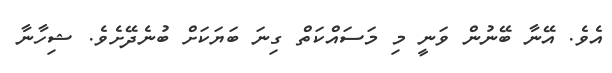
އެވެ. އޭނާ ބޭނުން ވަނީ މި މަސައްކަތް ގިނަ ބަޔަކަށް ބުނެދޭށެވެ. ޝިހާނާ